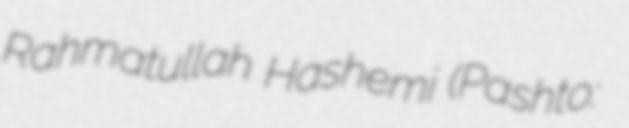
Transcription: Rahmatullah Hashemi (Pashto: سيد